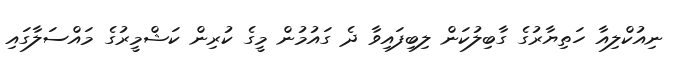
ނިއުކްލިއާ ހަތިޔާރުގެ ގާބިލުކަން ލިބިފައިވާ ދެ ގައުމުން މީގެ ކުރިން ކަޝްމީރުގެ މައްސަލާގައި